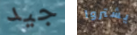
جيد يشتروا